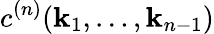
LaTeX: c^{(n)}(\mathbf{k}_{1},\ldots,\mathbf{k}_{n-1})